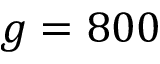
g = 8 0 0